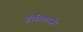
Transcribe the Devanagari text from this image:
हैं।तिनबर्जन